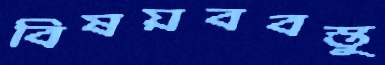
বিষয়ববস্তু